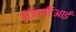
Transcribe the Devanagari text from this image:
ईजिप्टिआई